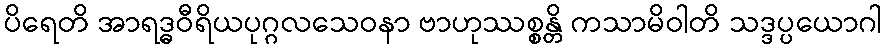
ပိရေတိ အာရဒ္ဓဝီရိယပုဂ္ဂလသေဝနာ ဗာဟုဿစ္စန္တိ ကသာမိဝါတိ သဒ္ဒပ္ပယောဂါ